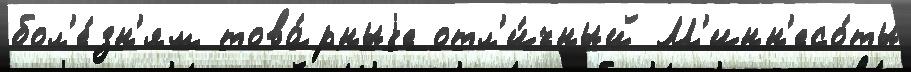
бол'е́зн'ям това́рныjе отл'и́чный М'инн'есо́ты